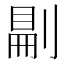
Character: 𠞋